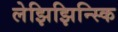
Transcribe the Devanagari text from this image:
लेझिझिन्स्कि